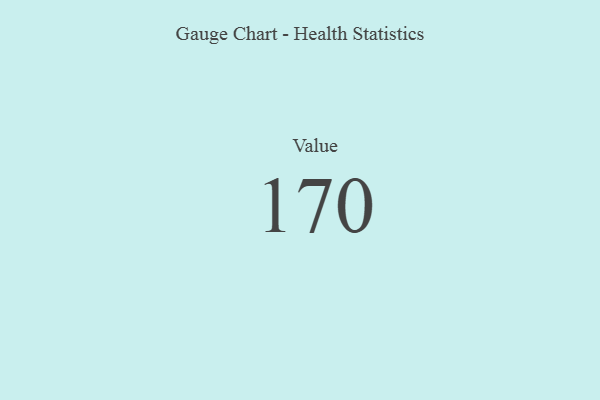
{"axis": {"x": "Metric", "y": "Value"}, "legend": [""], "data": [{"x": "Value", "y": 170, "type": ""}]}